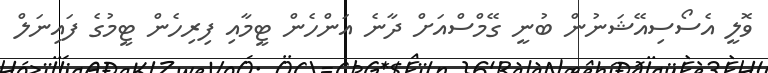
ވޮލީ އެސޯސިއޭޝަނުން ބުނީ ގޭމްސްއަށް ދާނެ އަންހެން ޓީމާއި ފިރިހެން ޓީމުގެ ފައިނަލް